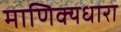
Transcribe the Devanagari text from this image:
माणिक्यधारा